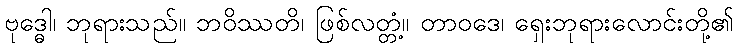
ဗုဒ္ဓေါ၊ ဘုရားသည်။ ဘဝိဿတိ၊ ဖြစ်လတ္တံ့။ တာဝဒေ၊ ရှေးဘုရားလောင်းတို့၏